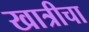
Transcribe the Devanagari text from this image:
खात्रीचा